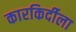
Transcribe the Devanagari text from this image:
कारकिर्दीला